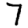
Digit: 7